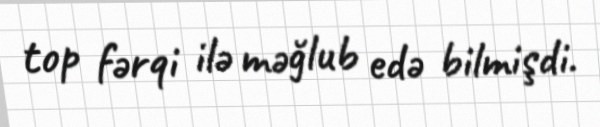
top fərqi ilə məğlub edə bilmişdi.